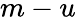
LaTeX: m-u